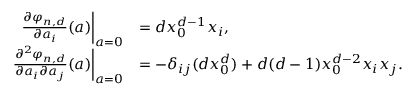
\begin{array} { r l } { \frac { \partial \varphi _ { n , d } } { \partial a _ { i } } ( a ) \bigg | _ { a = 0 } } & { = d x _ { 0 } ^ { d - 1 } x _ { i } , } \\ { \frac { \partial ^ { 2 } \varphi _ { n , d } } { \partial a _ { i } \partial a _ { j } } ( a ) \bigg | _ { a = 0 } } & { = - \delta _ { i j } ( d x _ { 0 } ^ { d } ) + d ( d - 1 ) x _ { 0 } ^ { d - 2 } x _ { i } x _ { j } . } \end{array}